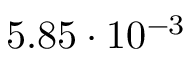
5 . 8 5 \cdot 1 0 ^ { - 3 }